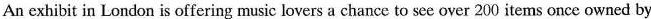
An exhibit in London is offering music lovers a chance to see over 200 items once owned by